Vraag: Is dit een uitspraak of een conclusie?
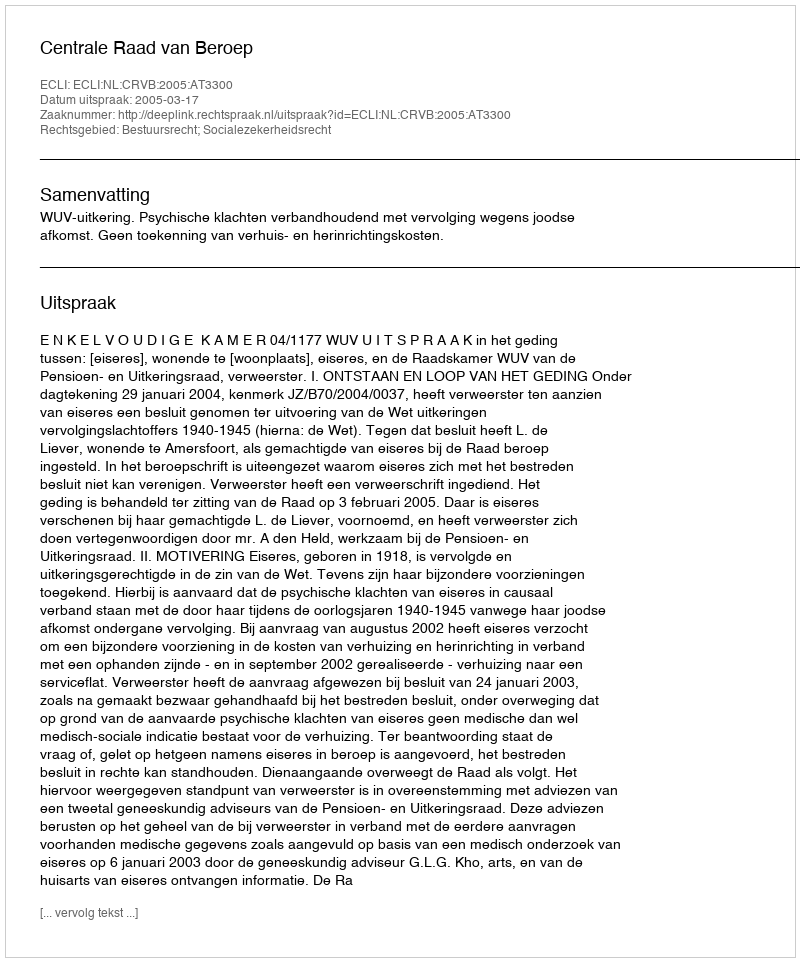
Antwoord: Uitspraak